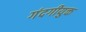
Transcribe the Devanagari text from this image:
गंदगीयुक्त